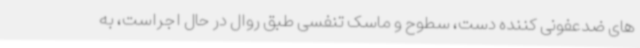
های ضدعفونی کننده دست، سطوح و ماسک تنفسی طبق روال در حال اجراست، به